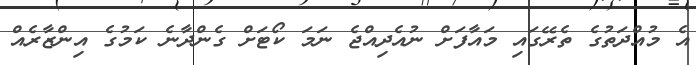
އެ މުއްދަތުގެ ތެރޭގައި މައާފަށް ނުއެދިއްޖެ ނަމަ ކޯޓަށް ގެންދާނެ ކަމުގެ އިންޒާރެއް